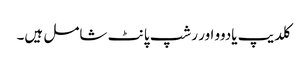
کلدیپ یادوو اور رشپ پانٹ شامل ہیں۔